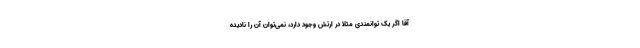
آقا اگر یک توانمندی مثلا در ارتش وجود دارد، نمی‌توان آن را نادیده